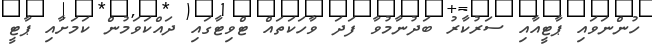
ހުންނަވައި ޕާޓީއާއި ސަރުކާރު ބަދުނާމުވާ ފަދަ ވާހަކަތައް ޓްވިޓާގައި ދައްކަވަމުން ކަމަށާއި ޕާޓީ